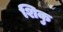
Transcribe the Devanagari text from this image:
शिकु